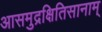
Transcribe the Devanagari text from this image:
आसमुद्रक्षितिसानाम्